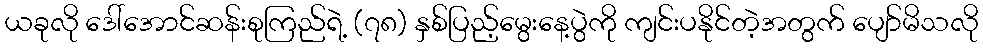
ယခုလို ဒေါ်အောင်ဆန်းစုကြည်ရဲ့ (၇၈) နှစ်ပြည့်မွေးနေ့ပွဲကို ကျင်းပနိုင်တဲ့အတွက် ပျော်မိသလို